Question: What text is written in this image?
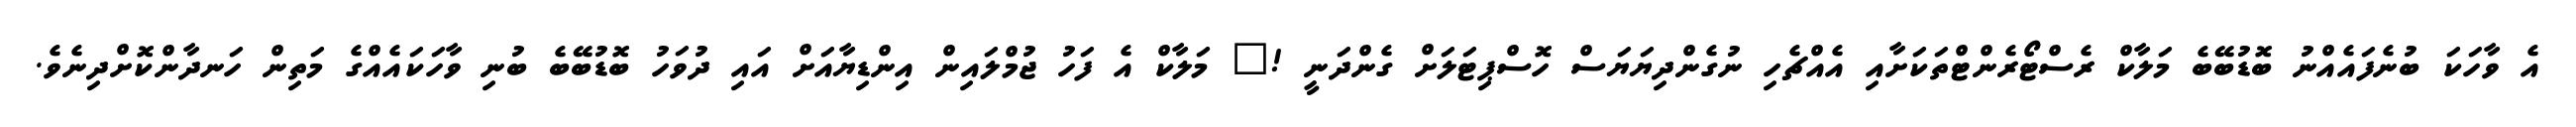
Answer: އެ ވާހަކަ ބުނެފައެއްނު ބޮޑުބޭބެ މަލާކް ރެސްޓޯރެންޓްތަކަށާއި އެއްޗެހި ނުގެންދިޔަޔަސް ހޮސްޕިޓަލަށް ގެންދަނީ !" މަލާކް އެ ފަހު ޖުމްލައިން އިންޑިޔާއަށް އައި ދުވަހު ބޮޑުބޭބެ ބުނި ވާހަކައެއްގެ މަތިން ހަނދާންކޮށްދިނެވެ.